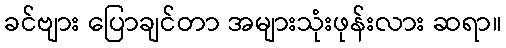
ခင်ဗျား ပြောချင်တာ အများသုံးဖုန်းလား ဆရာ။